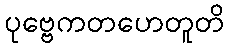
ပုဗ္ဗေကတဟေတူတိ